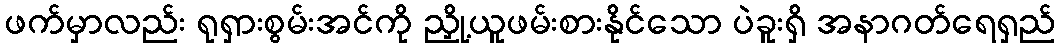
ဖက်မှာလည်း ရုရှားစွမ်းအင်ကို ညှို့ယူဖမ်းစားနိုင်သော ပဲခူးရှိ အနာဂတ်ရေရှည်